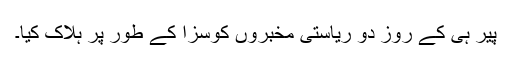
پیر ہی کے روز دو ریاستی مخبروں کوسزا کے طور پر ہلاک کیا۔